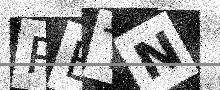
Text: PBTN